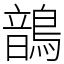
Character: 鶕